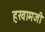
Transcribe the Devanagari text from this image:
हखामजी